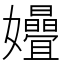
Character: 𫲞